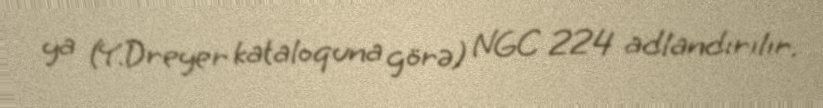
ya (Y.Dreyer kataloquna görə) NGC 224 adlandırılır.